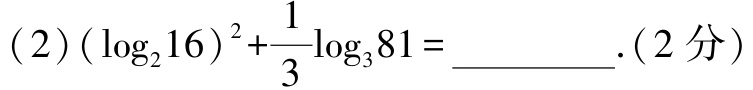
(2)$(\log_{2}16)^{2}+\frac{1}{3}\log_{3}81 = \_\_\_\_\_$.(2分)